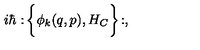
i \hbar : \! \bigg \{ \phi _ { k } ( q , p ) , H _ { C } \biggr \} \! : ,